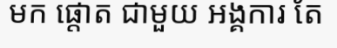
មក ផ្តោត ជាមួយ អង្គការ តែ